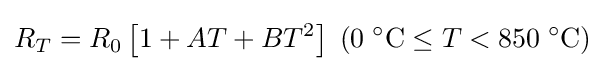
R_{T}=R_{0}\left[1+AT+BT^{2}\right]\;(0\;{}^{\circ }\mathrm {C} \leq T<850\;{}^{\circ }\mathrm {C} )